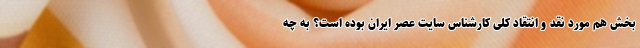
بخش هم مورد نقد و انتقاد کلی کارشناس سایت عصر ایران بوده است؟ به چه